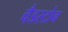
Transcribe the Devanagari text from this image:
चैडस्टोन